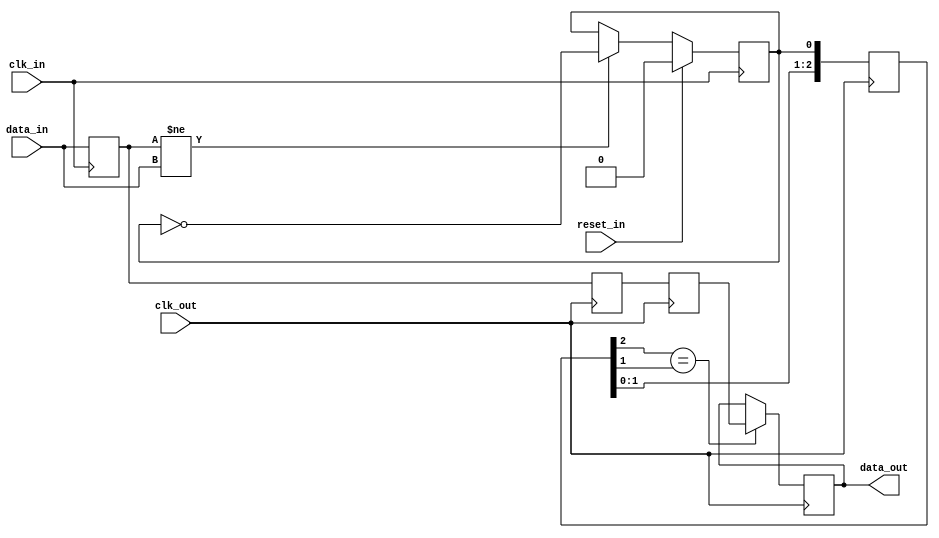
/*
  Copyright (c) 2015-2016, miya
  All rights reserved.

  Redistribution and use in source and binary forms, with or without modification, are permitted provided that the following conditions are met:

  1. Redistributions of source code must retain the above copyright notice, this list of conditions and the following disclaimer.

  2. Redistributions in binary form must reproduce the above copyright notice, this list of conditions and the following disclaimer in the documentation and/or other materials provided with the distribution.
 
  THIS SOFTWARE IS PROVIDED BY THE COPYRIGHT HOLDERS AND CONTRIBUTORS "AS IS" AND ANY EXPRESS OR IMPLIED WARRANTIES, INCLUDING, BUT NOT LIMITED TO, THE IMPLIED WARRANTIES OF MERCHANTABILITY AND FITNESS FOR A PARTICULAR PURPOSE ARE DISCLAIMED.
  IN NO EVENT SHALL THE COPYRIGHT OWNER OR CONTRIBUTORS BE LIABLE FOR ANY DIRECT, INDIRECT, INCIDENTAL, SPECIAL, EXEMPLARY, OR CONSEQUENTIAL DAMAGES (INCLUDING, BUT NOT LIMITED TO,
  PROCUREMENT OF SUBSTITUTE GOODS OR SERVICES; LOSS OF USE, DATA, OR PROFITS; OR BUSINESS INTERRUPTION) HOWEVER CAUSED AND ON ANY THEORY OF LIABILITY, WHETHER IN CONTRACT, STRICT LIABILITY, OR TORT (INCLUDING NEGLIGENCE OR OTHERWISE) ARISING IN ANY WAY OUT OF THE USE OF THIS SOFTWARE, EVEN IF ADVISED OF THE POSSIBILITY OF SUCH DAMAGE.
*/

// latency: 2 clk_in cycles + 3 clk_out cycles
// data_in value must be held for 4 clk_out cycles
module cdc_synchronizer
  #(
    parameter DATA_WIDTH=8
    )
  (
   input                     clk_in,
   input                     clk_out,
   input [(DATA_WIDTH-1):0]  data_in,
   output [(DATA_WIDTH-1):0] data_out,
   input                     reset_in
   );

  reg [(DATA_WIDTH-1):0]     data_in_reg;
  reg [(DATA_WIDTH-1):0]     data_out_reg[2:0];
  reg                        change_flag_in;
  reg [2:0]                  change_flag_out;

  always @(posedge clk_in)
    begin
      if (reset_in == 1'b1)
        begin
          change_flag_in <= 1'b0;
        end
      else if (data_in_reg != data_in)
        begin
          change_flag_in <= ~change_flag_in;
        end
      data_in_reg <= data_in;
    end

  always @(posedge clk_out)
    begin
      if (change_flag_out[2] == change_flag_out[1])
        begin
          data_out_reg[2] <= data_out_reg[1];
        end
    end

  always @(posedge clk_out)
    begin
      change_flag_out <= {change_flag_out[1:0], change_flag_in};
      data_out_reg[1] <= data_out_reg[0];
      data_out_reg[0] <= data_in_reg;
    end

  assign data_out = data_out_reg[2];
endmodule